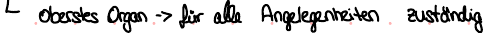
oberstes Organ -> für alle Angelegenheiten zuständig